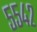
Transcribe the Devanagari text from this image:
५५४२